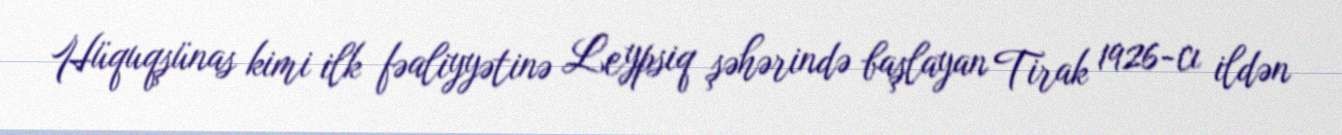
Hüquqşünas kimi ilk fəaliyyətinə Leypsiq şəhərində başlayan Tirak 1926-cı ildən